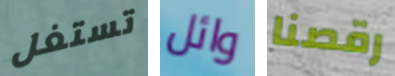
تستغل وائل رقصنا